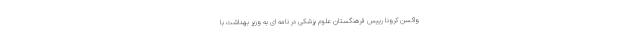
واکسن کرونا رییس فرهنگستان علوم پزشکی در نامه ای به وزیر بهداشت با